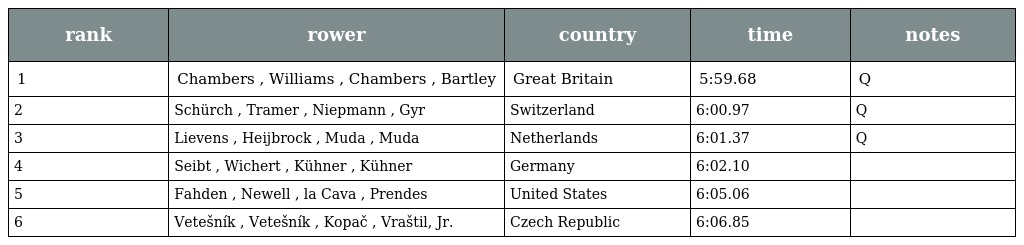
| rank | rower | country | time | notes |
 | --- | --- | --- | --- | --- |
 | 1 | Chambers , Williams , Chambers , Bartley | Great Britain | 5:59.68 | Q |
 | 2 | Schürch , Tramer , Niepmann , Gyr | Switzerland | 6:00.97 | Q |
 | 3 | Lievens , Heijbrock , Muda , Muda | Netherlands | 6:01.37 | Q |
 | 4 | Seibt , Wichert , Kühner , Kühner | Germany | 6:02.10 |  |
 | 5 | Fahden , Newell , la Cava , Prendes | United States | 6:05.06 |  |
 | 6 | Vetešník , Vetešník , Kopač , Vraštil, Jr. | Czech Republic | 6:06.85 |  |